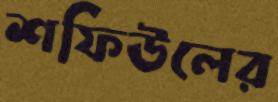
শফিউলের